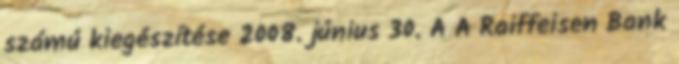
számú kiegészítése 2008. június 30. A A Raiffeisen Bank